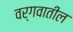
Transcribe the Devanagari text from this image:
वर्गवातील